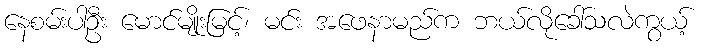
နေစမ်းပါဦး မောင်မျိုးမြင့်၊ မင်း အဖေနာမည်က ဘယ်လိုခေါ်သလဲကွယ့်